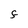
Character: F